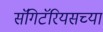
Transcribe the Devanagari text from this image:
सॅगिटॅरियसच्या